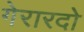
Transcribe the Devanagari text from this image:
गेरारदो